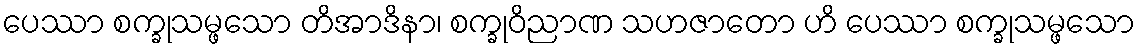
ပေဿာ စက္ခုသမ္ဖသော တိအာဒိနာ၊ စက္ခုဝိညာဏ သဟဇာတော ဟိ ပေဿာ စက္ခုသမ္ဖသော